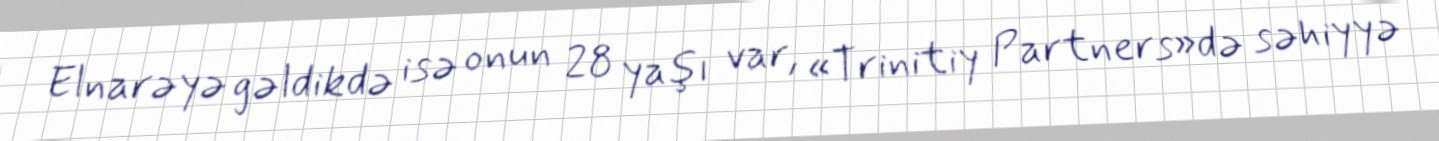
Elnarəyə gəldikdə isə onun 28 yaşı var, «Trinitiy Partners»də səhiyyə